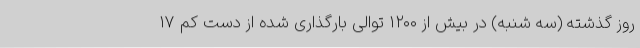
روز گذشته (سه شنبه) در بیش از ۱۲۰۰ توالی بارگذاری شده از دست کم ۱۷